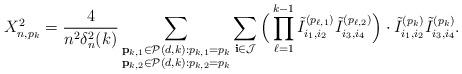
LaTeX: \begin{align*}X_{n,p_k}^2 = \frac4{n^2\delta_n^2(k)} \sum_{\substack{\mathbf{p}_{k,1} \in \mathcal P(d,k): p_{k,1}=p_k \\ \mathbf{p}_{k,2} \in \mathcal P(d,k): p_{k,2}=p_k}} \sum_{ \mathbf{i}\in \mathcal{J}} \Big(\prod_{\ell=1}^{k-1} \tilde I^{(p_{\ell,1})}_{i_1,i_2}\tilde I^{(p_{\ell,2})}_{i_3,i_4} \Big) \cdot \tilde I^{(p_{k})}_{i_1,i_2}\tilde I^{(p_{k})}_{i_3,i_4} .\end{align*}